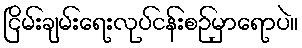
ငြိမ်းချမ်းရေးလုပ်ငန်းစဉ်မှာရောပဲ။